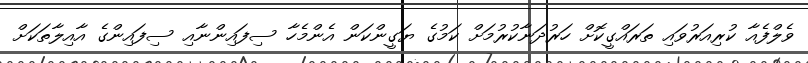
ވެލްފެއާ ކުރިއަރުވައި ތަރައްގީކޮށް ހަރުދަނާކުރުމަށް ކަމުގެ ޔަގީންކަން އެންމެހާ ސިފައިންނާއި ސިފައިންގެ އާއިލާތަކަށް